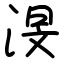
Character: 渂